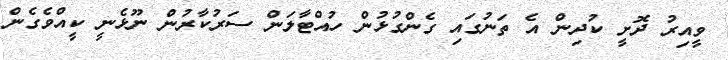
ވީއިރު ދޮށީ ކުދިން އެ ތަނުގައި ގެންގުޅުން ހުއްޓާލަން ސަރުކާރުން ނޫޅެނީ ކީއްވެގެން